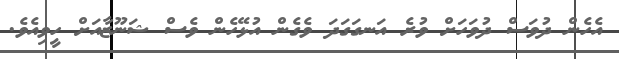
އެހެން ދުވަސް ދުވަހަށް ވުރެ އަނގަގަދަ ވެގެން އުޅޭހެން ވެސް ޝަނޫޒާއަށް ހީވިއެވެ.